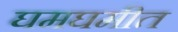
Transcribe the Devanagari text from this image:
घमघमीत